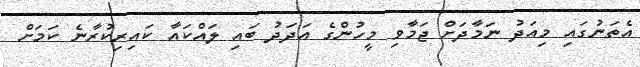
އެތަނުގައި މިއަދު ނަމާދަށް ޖަމާވި މީހުންގެ އަދަދު ބައި ލައްކައާ ކައިރިކުރާނެ ކަމަށް